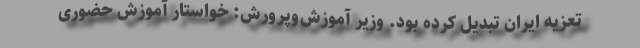
تعزیه ایران تبدیل کرده بود. وزیر آموزش‌وپرورش: خواستار آموزش‌ حضوری